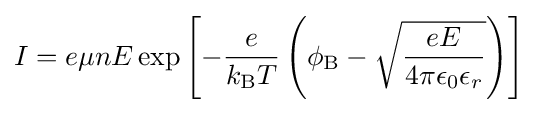
I=e\mu nE\exp \left[-{\frac {e}{k_{\text{B}}T}}\left(\phi _{\text{B}}-{\sqrt {\frac {eE}{4\pi \epsilon _{0}\epsilon _{r}}}}\right)\right]